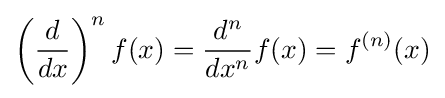
\left({\frac {d}{dx}}\right)^{n}f(x)={\frac {d^{n}}{dx^{n}}}f(x)=f^{(n)}(x)